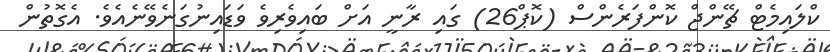
ކްލައިމެޓް ޗޭންޖް ކޮންފަރެންސް (ކޮޕް26) ގައި ރާނީ އަށް ބައިވެރިވެ ވަޑައިނުގަނެވޭނެއެވެ. އެގޮތުން